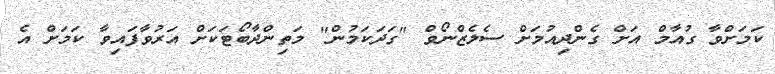
ކަމަށްވާ ގުއާމް އަށް ގެންދިއުމަށް ސެލެޒްނޯވް "ގަދަކަމުން" މަތިންދާބޯޓަކަށް އަރުވާފައިވާ ކަމަށް އެ